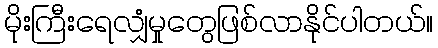
မိုးကြီးရေလျှံမှုတွေဖြစ်လာနိုင်ပါတယ်။